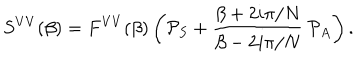
S ^ { V V } ( \beta ) = F ^ { V V } ( \beta ) \left( { \cal P } _ { S } + \frac { \beta + 2 i \pi / N } { \beta - 2 i \pi / N } \, { \cal P } _ { A } \right) .